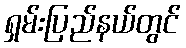
ရှမ်းပြည်နယ်တွင်